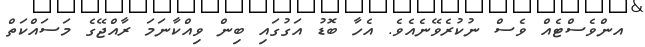
އންވެސްޓެއް ވެސް ނުކުރެވޭނެއެވެ. އެހާ ބޮޑު އަގުގައި ބިން ވިއްކާނަމަ ރާއްޖޭގެ މަސައްކަތް